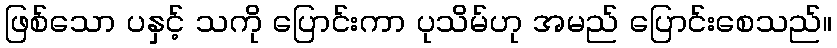
ဖြစ်သော ပနှင့် သကို ပြောင်းကာ ပုသိမ်ဟု အမည် ပြောင်းစေသည်။